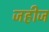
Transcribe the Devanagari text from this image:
जहीज